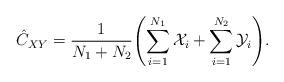
LaTeX: \begin{align*} \hat{C}_{XY}=\frac{1}{N_1+N_2} \Biggl(\sum^{N_1}_{i=1}\mathcal{X}_i +\sum^{N_2}_{i=1}\mathcal{Y}_i \Biggr).\end{align*}